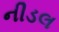
નીડલ